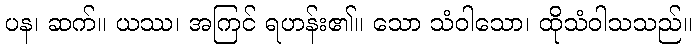
ပန၊ ဆက်။ ယဿ၊ အကြင် ရဟန်း၏။ သော သံဝါသော၊ ထိုသံဝါသသည်။